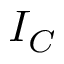
I _ { C }